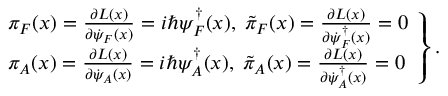
\left. \begin{array} { l } { { \pi _ { F } ( x ) = \frac { \partial { \cal L } ( x ) } { \partial \dot { \psi } _ { F } ( x ) } = i \hbar \psi _ { F } ^ { \dag } ( x ) , \; \tilde { \pi } _ { F } ( x ) = \frac { \partial { \cal L } ( x ) } { \partial \dot { \psi } _ { F } ^ { \dag } ( x ) } = 0 } } \\ { { \pi _ { A } ( x ) = \frac { \partial { \cal L } ( x ) } { \partial \dot { \psi } _ { A } ( x ) } = i \hbar \psi _ { A } ^ { \dag } ( x ) , \; \tilde { \pi } _ { A } ( x ) = \frac { \partial { \cal L } ( x ) } { \partial \dot { \psi } _ { A } ^ { \dag } ( x ) } = 0 } } \end{array} \right\} .